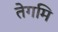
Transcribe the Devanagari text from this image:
तेगमि